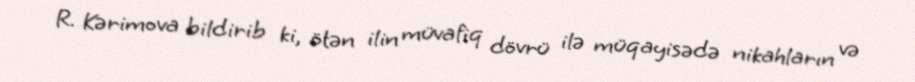
R. Kərimova bildirib ki, ötən ilin müvafiq dövrü ilə müqayisədə nikahların və